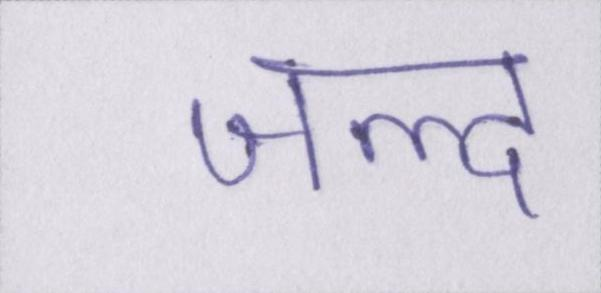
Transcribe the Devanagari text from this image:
जल्द